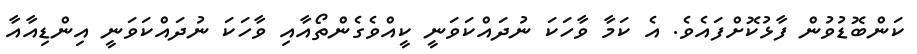
ކަންބޮޑުވުން ފާޅުކޮށްފައެވެ. އެ ކަމާ ވާހަކަ ނުދައްކަވަނީ ކީއްވެގެންތޯއާއި ވާހަކަ ނުދައްކަވަނީ އިންޑިއާއާ